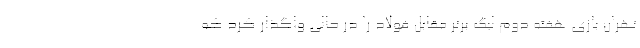
تهران بازی هفته دوم لیگ برتر مقابل فولاد را در حالی واگذار کرد که